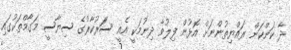
ދާ ކަންކަން ރައްޔިތުންނަށް އޮޅުން ފިލުވާ ދިނުމަކީ އެއީ ސަަރުކާރުގެ ސިޔާސީ މަގާމްތަކުގައި